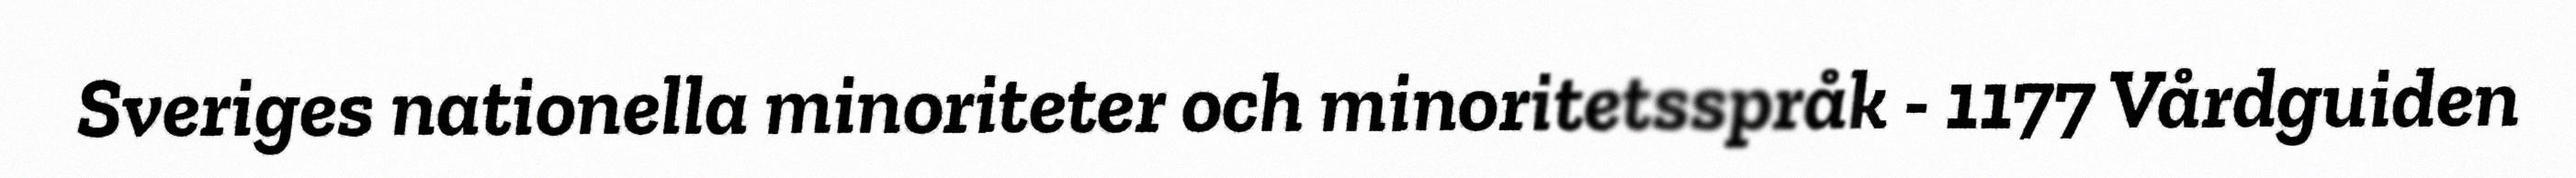
Sveriges nationella minoriteter och minoritetsspråk - 1177 Vårdguiden